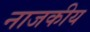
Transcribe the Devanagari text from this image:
नाजकीय